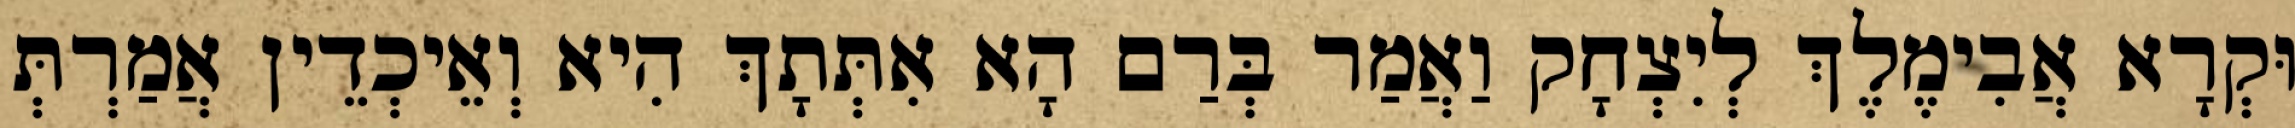
וּקְרָא אֲבִימֶלֶךְ לְיִצְחָק וַאֲמַר בְּרַם הָא אִתְּתָךְ הִיא וְאֵיכְדֵין אֲמַרְתְּ